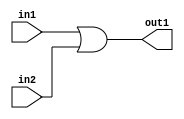
module temaOR(input in1, input in2, output out1);
	assign out1 = in1 || in2;
endmodule